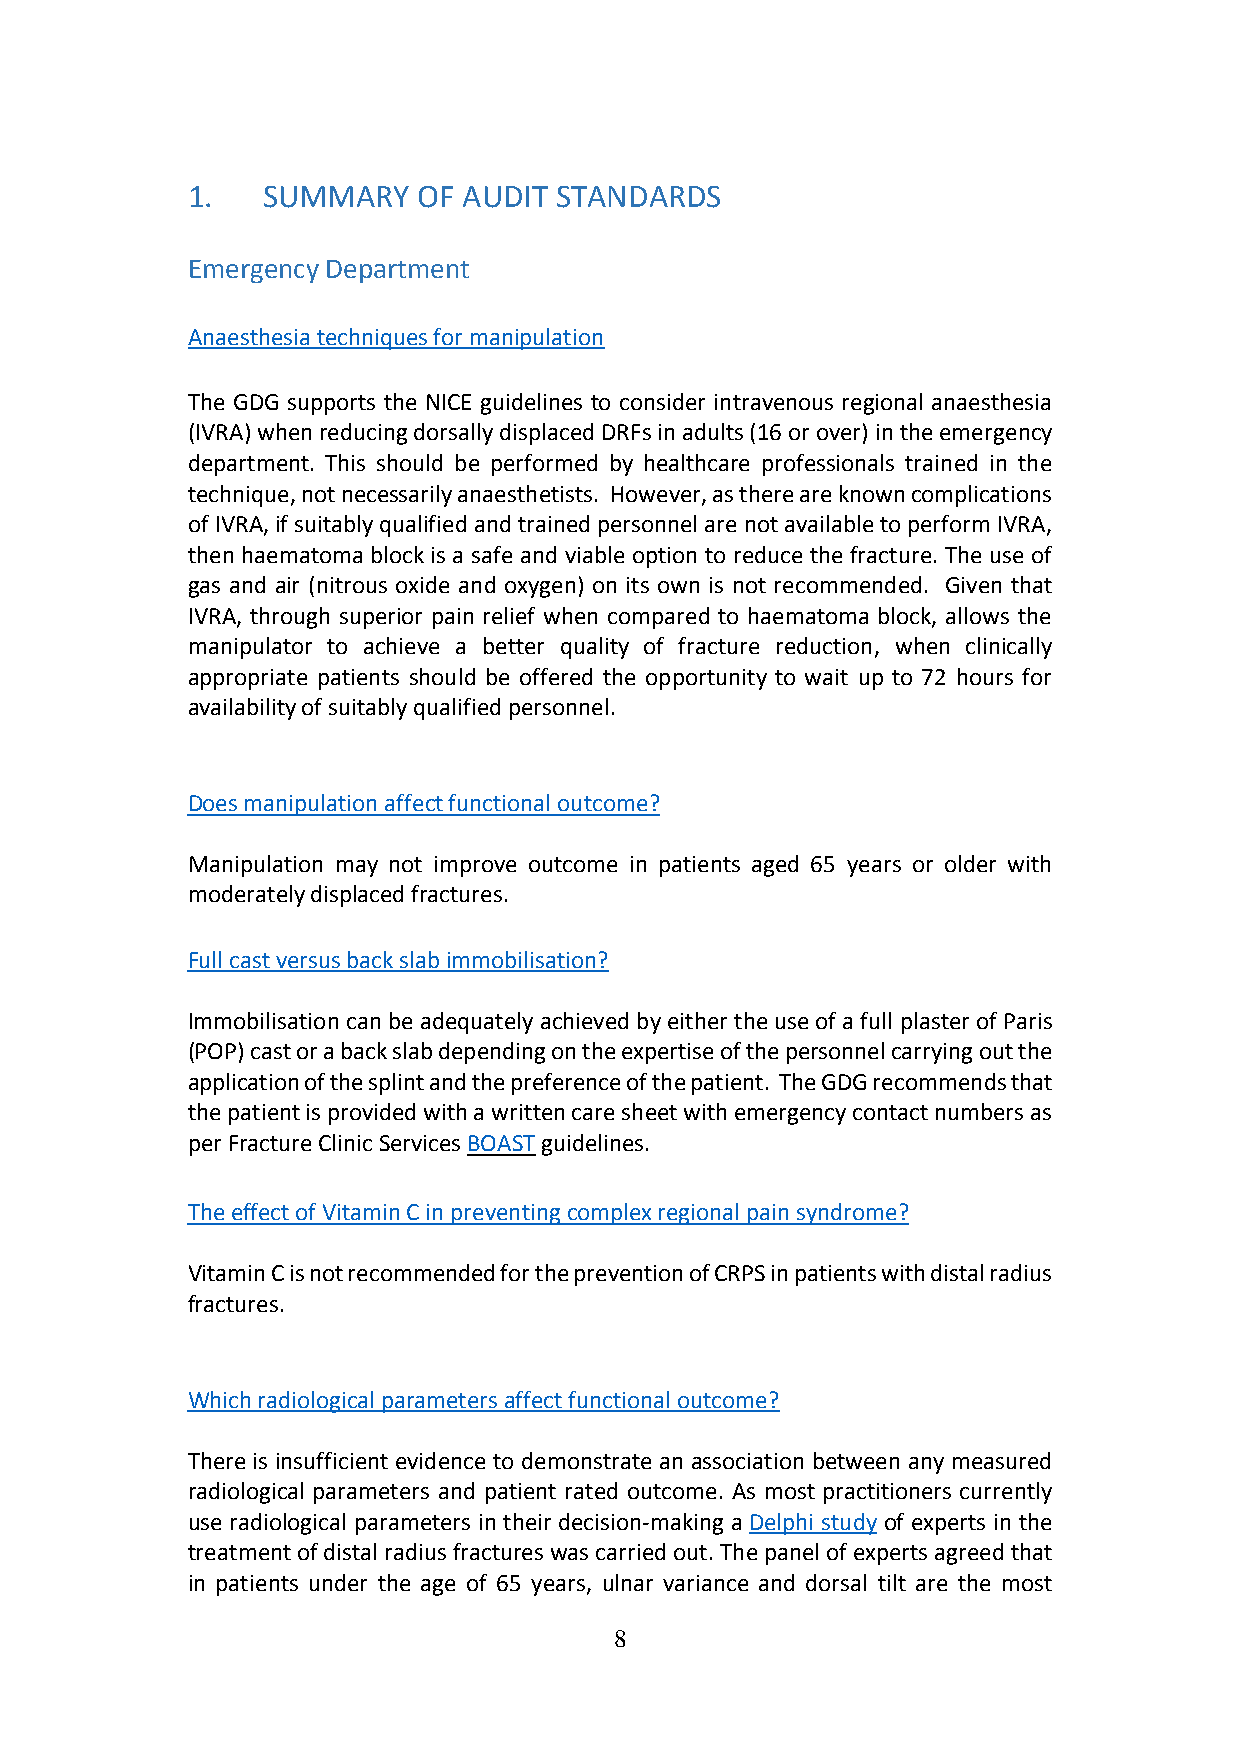
1.   SUMMARY    OF AUDIT STANDARDS
 Emergency Department
 Anaesthesia techniques for manipulation
 The GDG supports the NICE guidelines to consider intravenous regional anaesthesia
 (IVRA) when reducing dorsally displaced DRFs in adults (16 or over) in the emergency
 department. This should be performed by healthcare professionals trained in the
 technique, not necessarily anaesthetists. However, as there are known complications
 of IVRA, if suitably qualified and trained personnel are not available to perform IVRA,
 then haematoma block is a safe and viable option to reduce the fracture. The use of
 gas and air (nitrous oxide and oxygen) on its own is not recommended. Given that
 IVRA, through superior pain relief when compared to haematoma block, allows the
 manipulator to achieve a better quality of fracture reduction, when clinically
 appropriate patients should be offered the opportunity to wait up to 72 hours for
 availability of suitably qualified personnel.
 Does manipulation affect functional outcome?
 Manipulation may not improve outcome in patients aged 65 years or older with
 moderately displaced fractures.
 Full cast versus back slab immobilisation?
 Immobilisation can be adequately achieved by either the use of a full plaster of Paris
 (POP) cast or a back slab depending on the expertise of the personnel carrying out the
 application of the splint and the preference of the patient. The GDG recommends that
 the patient is provided with a written care sheet with emergency contact numbers as
 per Fracture Clinic Services BOAST guidelines.
 The effect of Vitamin C in preventing complex regional pain syndrome?
 Vitamin C is not recommended for the prevention of CRPS in patients with distal radius
 fractures.
 Which radiological parameters affect functional outcome?
 There is insufficient evidence to demonstrate an association between any measured
 radiological parameters and patient rated outcome. As most practitioners currently
 use radiological parameters in their decision-making a Delphi study of experts in the
 treatment of distal radius fractures was carried out. The panel of experts agreed that
 in patients under the age of 65 years, ulnar variance and dorsal tilt are the most
 8